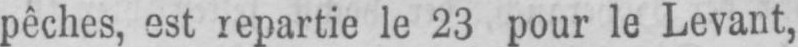
pêches, est repartie le 23 pour le Levant,